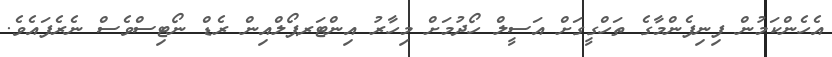
އެހެންކަމުން ފިނިފެންމާގެ ތަހްގީގަށް އަސީލް ހޯދުމަށް މިހާރު އިންޓަރޕޯލްއިން ރެޑް ނޯޓިސްވެސް ނެރެފައެވެ.